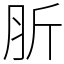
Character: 肵